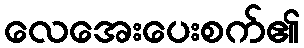
လေအေးပေးစက်၏